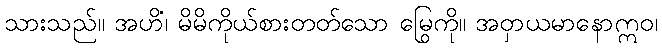
သားသည်။ အဟိံ၊ မိမိကိုယ်စားတတ်သော မြွေကို။ အဝှာယမာနောဣဝ၊